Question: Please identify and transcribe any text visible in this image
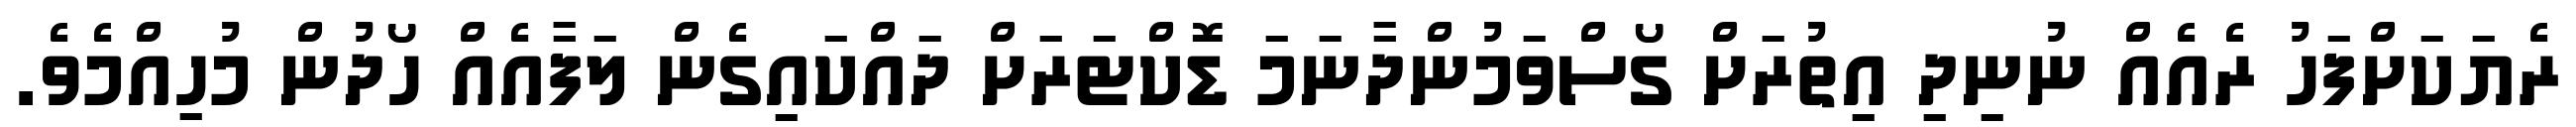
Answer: ރެޔަކަށްފަހު ރެއެއް ނުނިދި އިތުރަށް ގޯސްވަމުންދާނަމަ ޑޮކްޓަރަށް ދައްކައިގެން ލަފާއެއް ހޯދުން މުހިއްމެވެ.